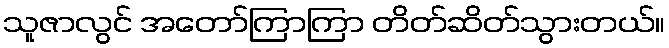
သူဇာလွင် အတော်ကြာကြာ တိတ်ဆိတ်သွားတယ်။